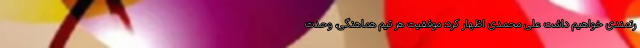
رتمندی خواهیم داشت علی محمدی اظهار کرد: موفقیت هر تیم هماهنگی، وحدت